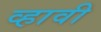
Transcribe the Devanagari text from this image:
व्‍हावी